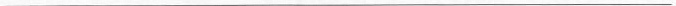
___